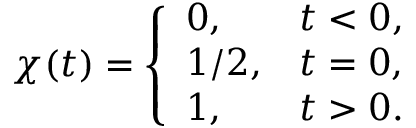
\chi ( t ) = \left\{ \begin{array} { l l } { 0 , } & { t < 0 , } \\ { 1 / 2 , } & { t = 0 , } \\ { 1 , } & { t > 0 . } \end{array} \right.